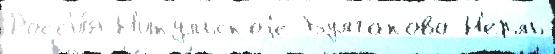
Росс'и́я Н'икульскоjе Булгаково Н'ерль